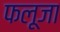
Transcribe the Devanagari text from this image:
फलूजा